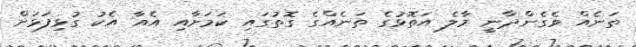
ތަނެއް ވެގެންދާނީ މާލެ އަތޮޅުގެ ތަނެއްގެ ގޮތުގައި ކަމަށާއި އެއާ އެކު ގުޅިފަޅަށް